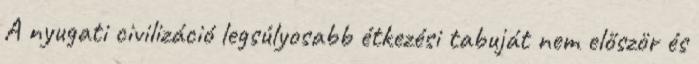
A nyugati civilizáció legsúlyosabb étkezési tabuját nem először és